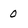
Character: 0